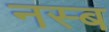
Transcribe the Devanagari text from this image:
नस्ब